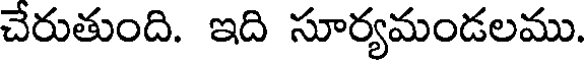
చేరుతుంది. ఇది సూర్యమండలము.